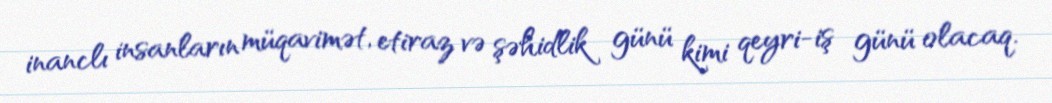
inanclı insanların müqavimət, etiraz və şəhidlik günü kimi qeyri-iş günü olacaq.